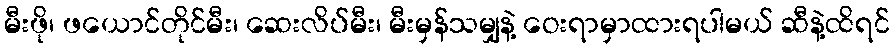
မီးဖို၊ ဖယောင်တိုင်မီး၊ ဆေးလိပ်မီး၊ မီးမှန်သမျှနဲ့ ဝေးရာမှာထားရပါမယ် ဆီနဲ့ထိရင်